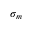
\sigma _ { m }